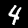
Digit: 4